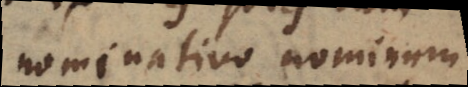
nominativo nominum